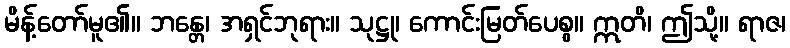
မိန့်တော်မူ၏။ ဘန္တေ၊ အရှင်ဘုရား။ သုဋ္ဌု၊ ကောင်းမြတ်ပေစွ။ ဣတိ၊ ဤသို့။ ရာဇ၊